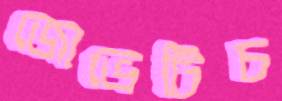
জোভেটিচ